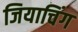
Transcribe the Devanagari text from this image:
जियाचिंग